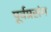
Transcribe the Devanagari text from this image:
पूर्वप्रसंग